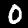
Digit: 0